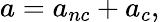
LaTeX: a=a_{nc}+a_{c},